Civil Veterinary Department. Madras. Admin. report 1926-33 - 1926-1933
Year: 1926
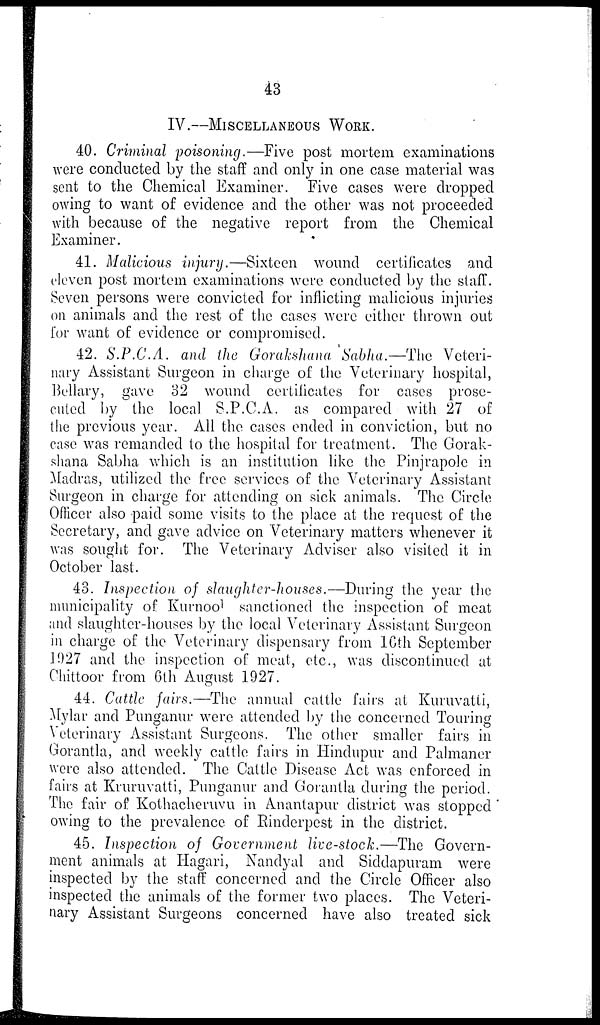
43
IV.—MISCELLANEOUS WORK.
40. Criminal poisoning.—Five post mortem examinations
were conducted by the staff and only in one case material was
sent to the Chemical Examiner. Five cases were dropped
owing to want of evidence and the other was not proceeded
with because of the negative report from the Chemical
Examiner.
41. Malicious injury.—Sixteen wound certificates and
eleven post mortem examinations were conducted by the staff.
Seven persons were convicted for inflicting malicious injuries
on animals and the rest of the cases were either thrown out
for want of evidence or compromised.
42. S.P.C.A. and the Gorakshana Sabha.—The Veteri-
nary Assistant Surgeon in charge of the Veterinary hospital,
Bellary, gave 32 wound certificates for cases prose-
cuted by the local S.P.C.A. as compared with 27 of
the previous year. All the cases ended in conviction, but no
case was remanded to the hospital for treatment. The Gorak-
shana Sabha which is an institution like the Pinjrapole in
Madras, utilized the free services of the Veterinary Assistant
Surgeon in charge for attending on sick animals. The Circle
Officer also paid some visits to the place at the request of the
Secretary, and gave advice on Veterinary matters whenever it
was sought for. The Veterinary Adviser also visited it in
October last.
43. Inspection of slaughter-houses.—During the year the
municipality of Kurnool sanctioned the inspection of meat
and slaughter-houses by the local Veterinary Assistant Surgeon
in charge of the Veterinary dispensary from 16th September
1027 and the inspection of meat, etc., was discontinued at
Chittoor from 6th August 1927.
44. Cattle fairs.—The annual cattle fairs at Kuruvatti,
Mylar and Punganur were attended by the concerned Touring
Veterinary Assistant Surgeons. The other smaller fairs in
Gorantla, and weekly cattle fairs in Hindupur and Palmaner
were also attended. The Cattle Disease Act was enforced in
fairs at Kruruvatti, Punganur and Gorantla during the period.
The fair of Kothacheruvu in Anantapur district was stopped
owing to the prevalence of Rinderpest in the district.
45. Inspection of Government live-stock.—The Govern-
ment animals at Hagari, Nandyal and Siddapuram were
inspected by the staff concerned and the Circle Officer also
inspected the animals of the former two places. The Veteri-
nary Assistant Surgeons concerned have also treated sick